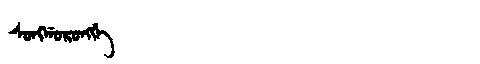
Manchu: ᠰᠣᠩᡤᠣᡵᠣᠩᡤᡝ
Romanization: SONGGORONGGE